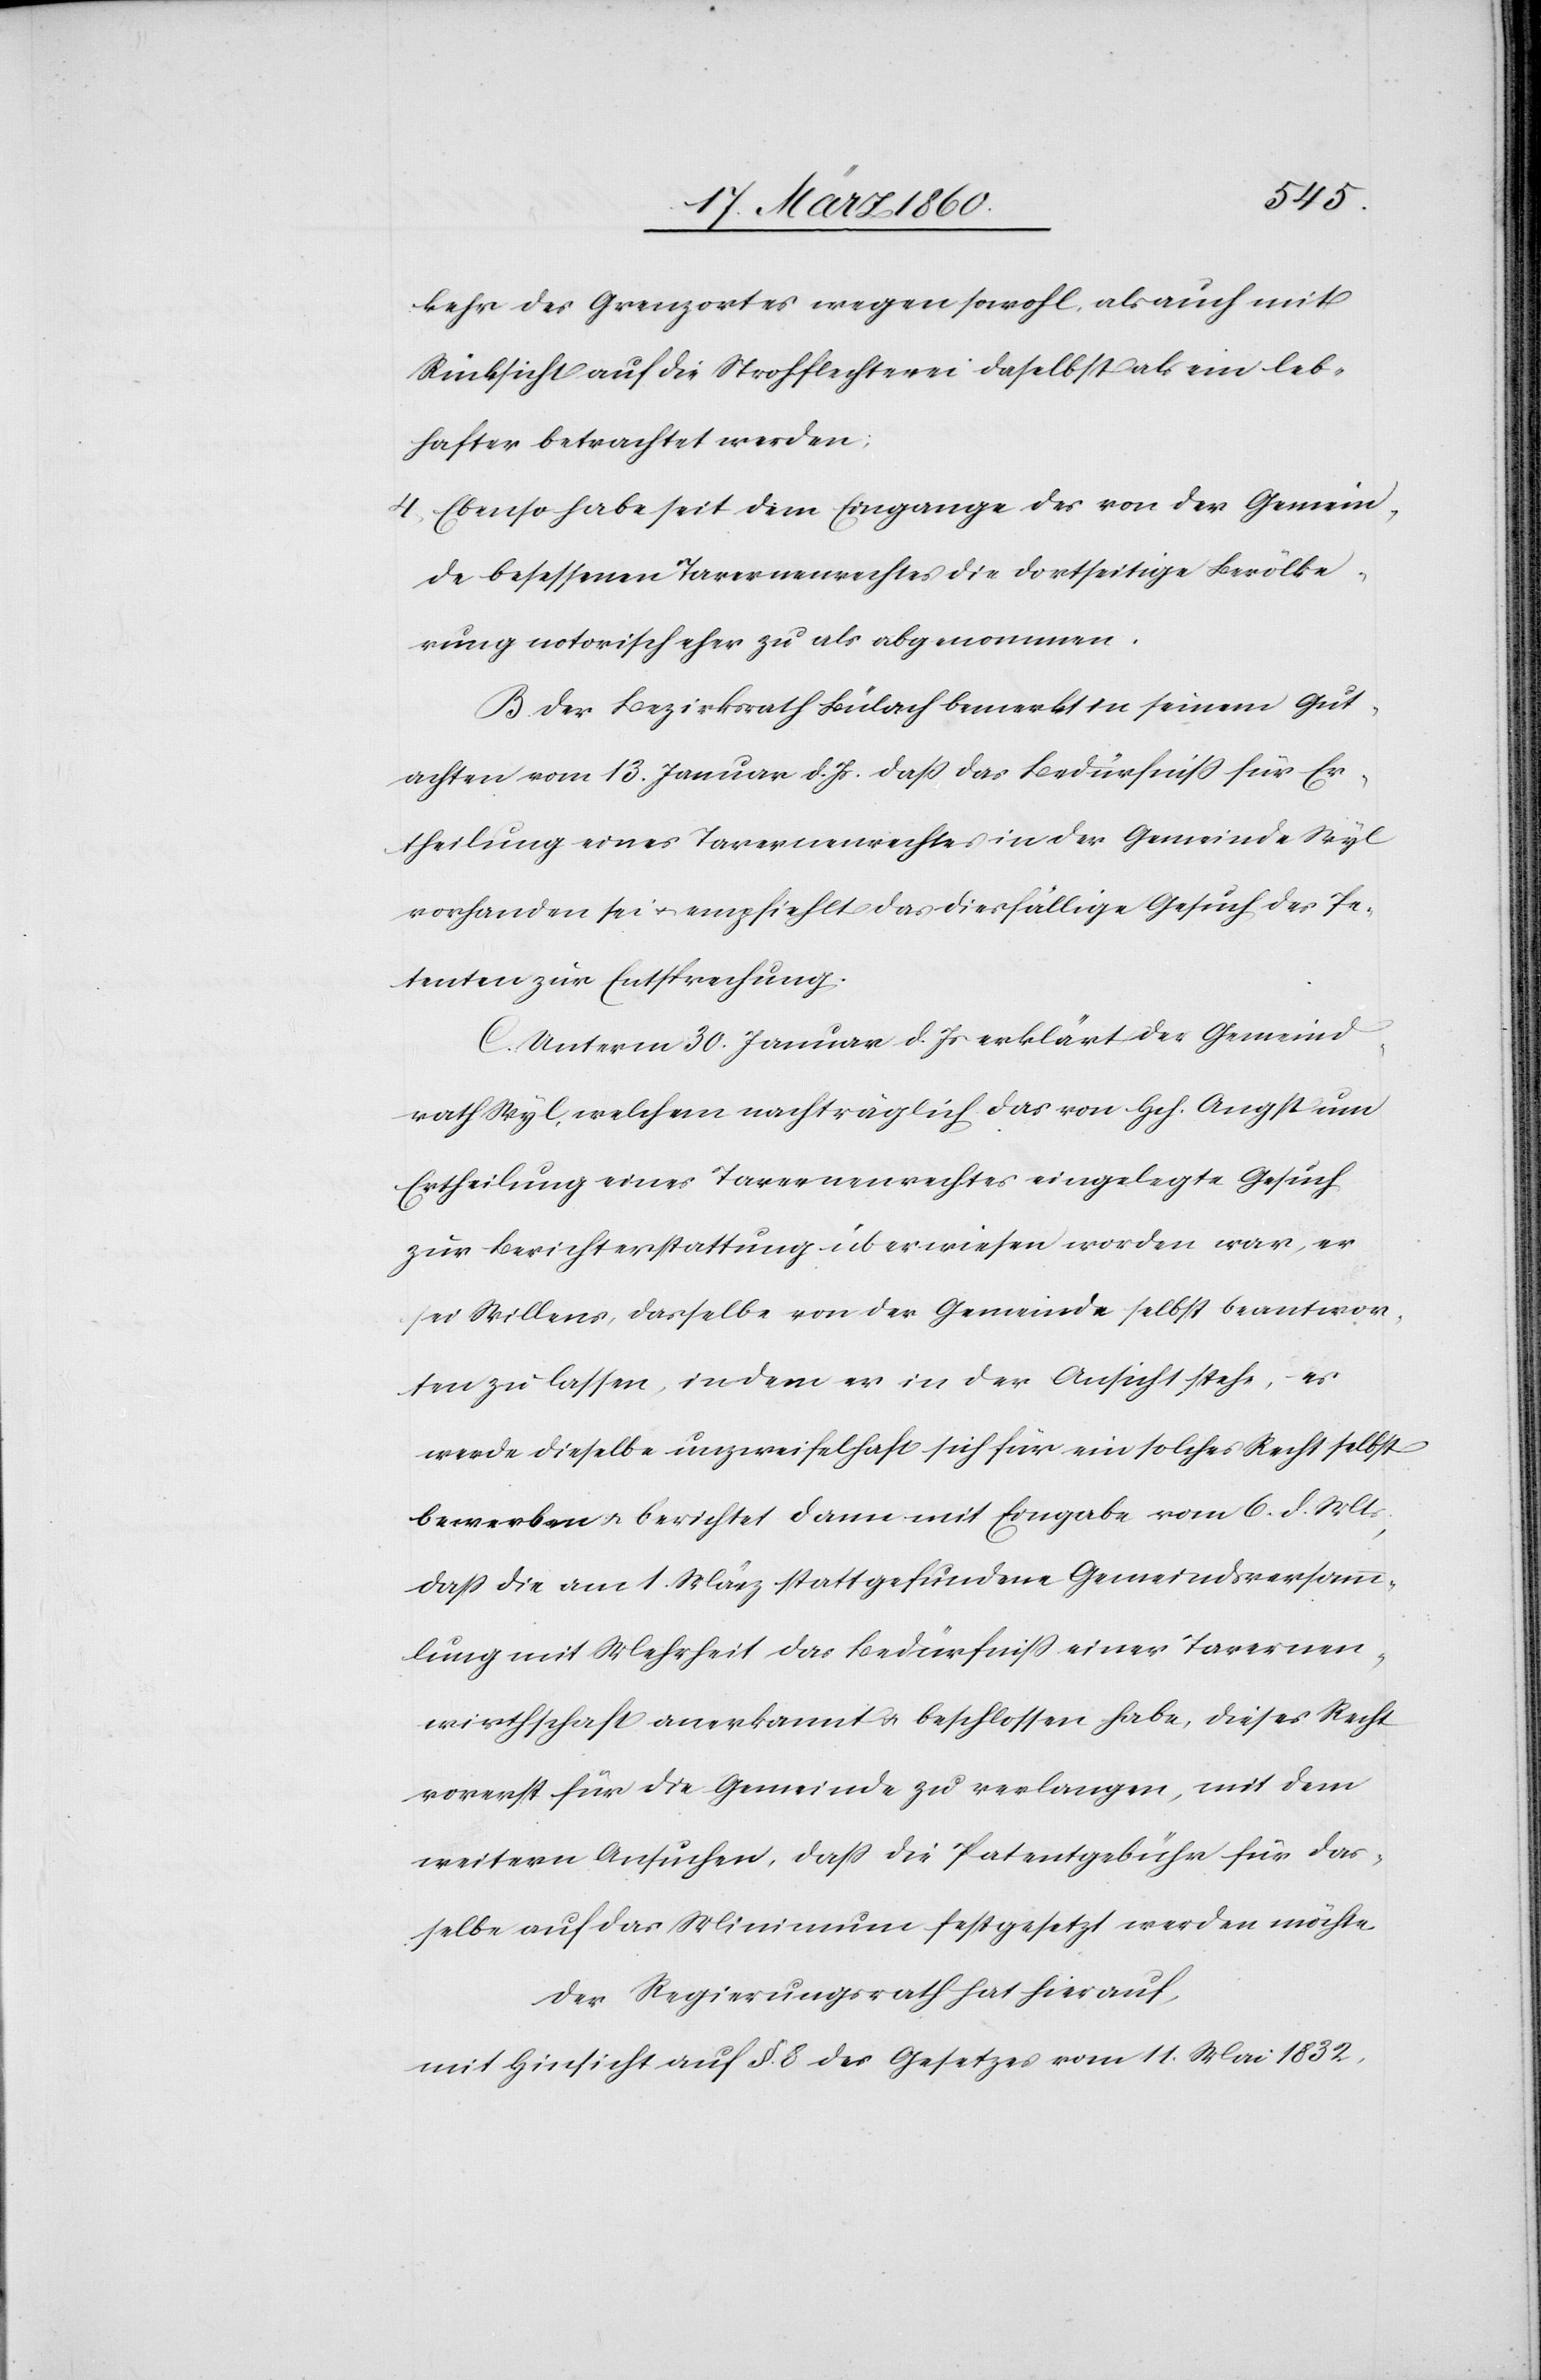
kehr des Grenzortes wegen sowohl, als auch mit
Rücksicht auf die Strohflechterei daselbst als ein leb¬
hafter betrachtet werden;
4. Ebenso habe seit dem Eingange des von der Gemein¬
de besessenen Tavernenrechtes die dortseitige Bevölke¬
rung notorisch eher zu als abgenommen.
B. Der Bezirksrath Bülach bemerkt in seinem Gut¬
achten vom 13. Januar d. Js. dass das Bedürfniss für Er¬
theilung eines Tavernenrechtes in der Gemeinde Wyl
vorhanden sei u. empfiehlt das diesfällige Gesuch des Pe¬
tenten zur Entsprechung.
C. Unterm 30. Januar d. Js. erklärt der Gemeind¬
rath Wyl, welchem nachträglich das von Hch. Angst um
Ertheilung eines Tavernenrechtes eingelegte Gesuch
zur Berichterstattung überwiesen worden war, er
sei Willens, dasselbe von der Gemeinde selbst beantwor¬
ten zu lassen, indem er in der Ansicht stehe, es
werde dieselbe unzweifelhaft sich für ein solches Recht selbst
bewerben u. berichtet dann mit Eingabe vom 6. d. Mts.,
dass die am 1. März stattgefundene Gemeindsversamm¬
lung mit Mehrheit das Bedürfniss einer Tavernen¬
wirthschaft anerkannt u. beschlossen habe, dieses Recht
vorerst für die Gemeinde zu verlangen, mit dem
weitern Ansuchen, daß die Patentgebühr für das¬
selbe auf das Minimum festgesetzt werden möchte.
Der Regierungsrath hat hierauf,
mit Hinsicht auf §. 8. des Gesetzes vom 11. Mai 1832,